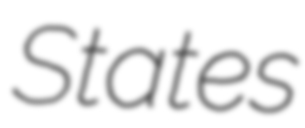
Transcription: States